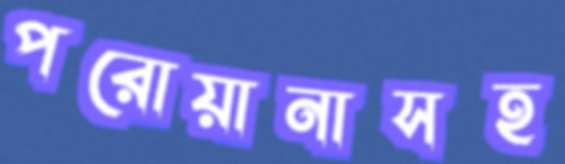
পরোয়ানাসহ